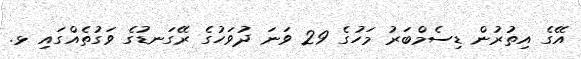
އޭގެ އިތުރުން ޑިސެމްބަރު މަހުގެ 29 ވަނަ ދުވަހުގެ ރޭގަނޑުގެ ވަގުތެއްގައި ޅ.